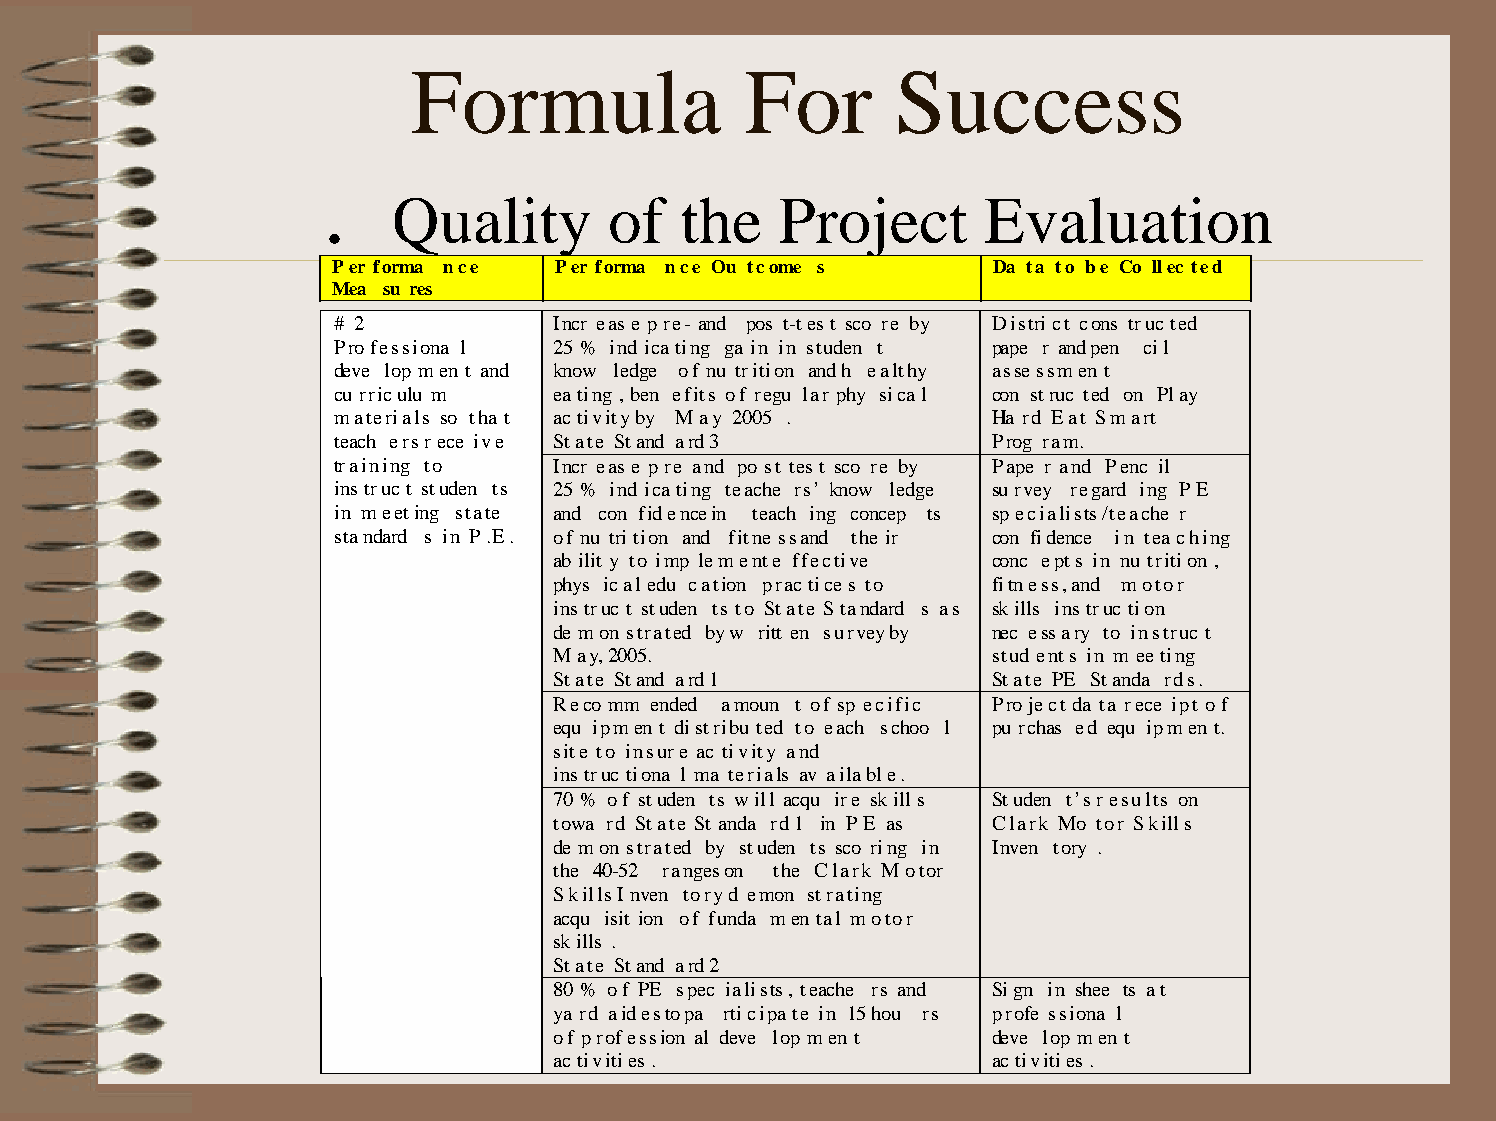
Formula               For       Success
 .
 Quality       of   the    Project      Evaluation
 Per forma nce  Per forma nce Ou tcome s     Da ta to be Co llec ted
 Mea su res
 # 2            Incr ease pre- and pos t-test sco re by District cons truc ted
 Professiona l  25 % ind icating ga in in studen t pape r and pen cil
 deve lop men t and know ledge of nu trition and h ealthy assessmen t
 cu rriculu m   eating , ben efits of regu lar phy sical con struc ted on Play
 materials so tha t activity by May 2005 .   Ha rd Eat Smart
 teach ers r ece ive State Stand ard 3       Prog ram.
 training to    Incr ease pre and po st test sco re by Pape r and Penc il
 instruc t studen ts 25 % ind icating teache rs’ know ledge survey regard ing PE
 in meeting state and con fidence in teach ing concep ts specialists/teache r
 standard s in P.E. of nu trition and fitne ss and the ir con fidence in teaching
 ab ilit y to imp lement e ffective conc epts in nu trition ,
 phys ical edu cation practices to fitness, and motor
 instruc t studen ts to State Standard s as skills instruc tion
 de mon strated by w ritt en survey by nec essary to instruc t
 May, 2005.                   stud ents in m eeting
 State Stand ard 1            State PE Standa rds.
 Reco mm ended amoun t of sp ecific Project da ta rece ipt of
 equ ipmen t distribu ted to each schoo l pu rchas ed equ ipmen t.
 site to insure ac tivity and
 instruc tiona l ma terials av ailable.
 70 % of studen ts will acqu ire skills Studen t’s r esults on
 towa rd State St anda rd 1 in PE as Clark Mo tor Skills
 de mon strated by studen ts sco ring in Inven tory .
 the 40-52 ranges on the Clark Motor
 Skills I nven tory d emon strating
 acqu isit ion of funda men tal motor
 skills .
 State Stand ard 2
 80 % of PE spec ialists, teache rs and Sign in shee ts at
 ya rd aides to pa rticipa te in 15 hou rs profe ssiona l
 of profession al deve lop men t deve lop men t
 activities.                  activities.